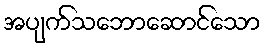
အပျက်သဘောဆောင်သော